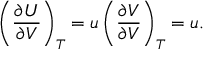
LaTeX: \left( { \frac { \partial U } { \partial V } } \right) _ { T } = u \left( { \frac { \partial V } { \partial V } } \right) _ { T } = u .